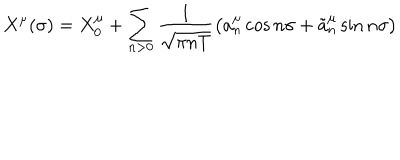
LaTeX: X ^ { \mu } ( \sigma ) = X _ { 0 } ^ { \mu } + \sum _ { n > 0 } \frac 1 { \sqrt { \pi n T } } \left( a _ { n } ^ { \mu } \cos { n \sigma } + \tilde { a } _ { n } ^ { \mu } \sin { n \sigma } \right)